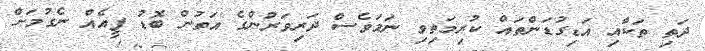
ދަތި ތަކާއި އަޑިގުޑަންތައް ކުރިމަތިވި ނަމަވެސް ދަރިވަރުންގެ އަތުން ބޮޑު ފީއެއް ނެގުމަށް